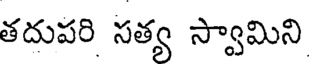
తదుపరి సత్య స్వామిని